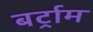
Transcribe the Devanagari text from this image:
बर्ट्राम